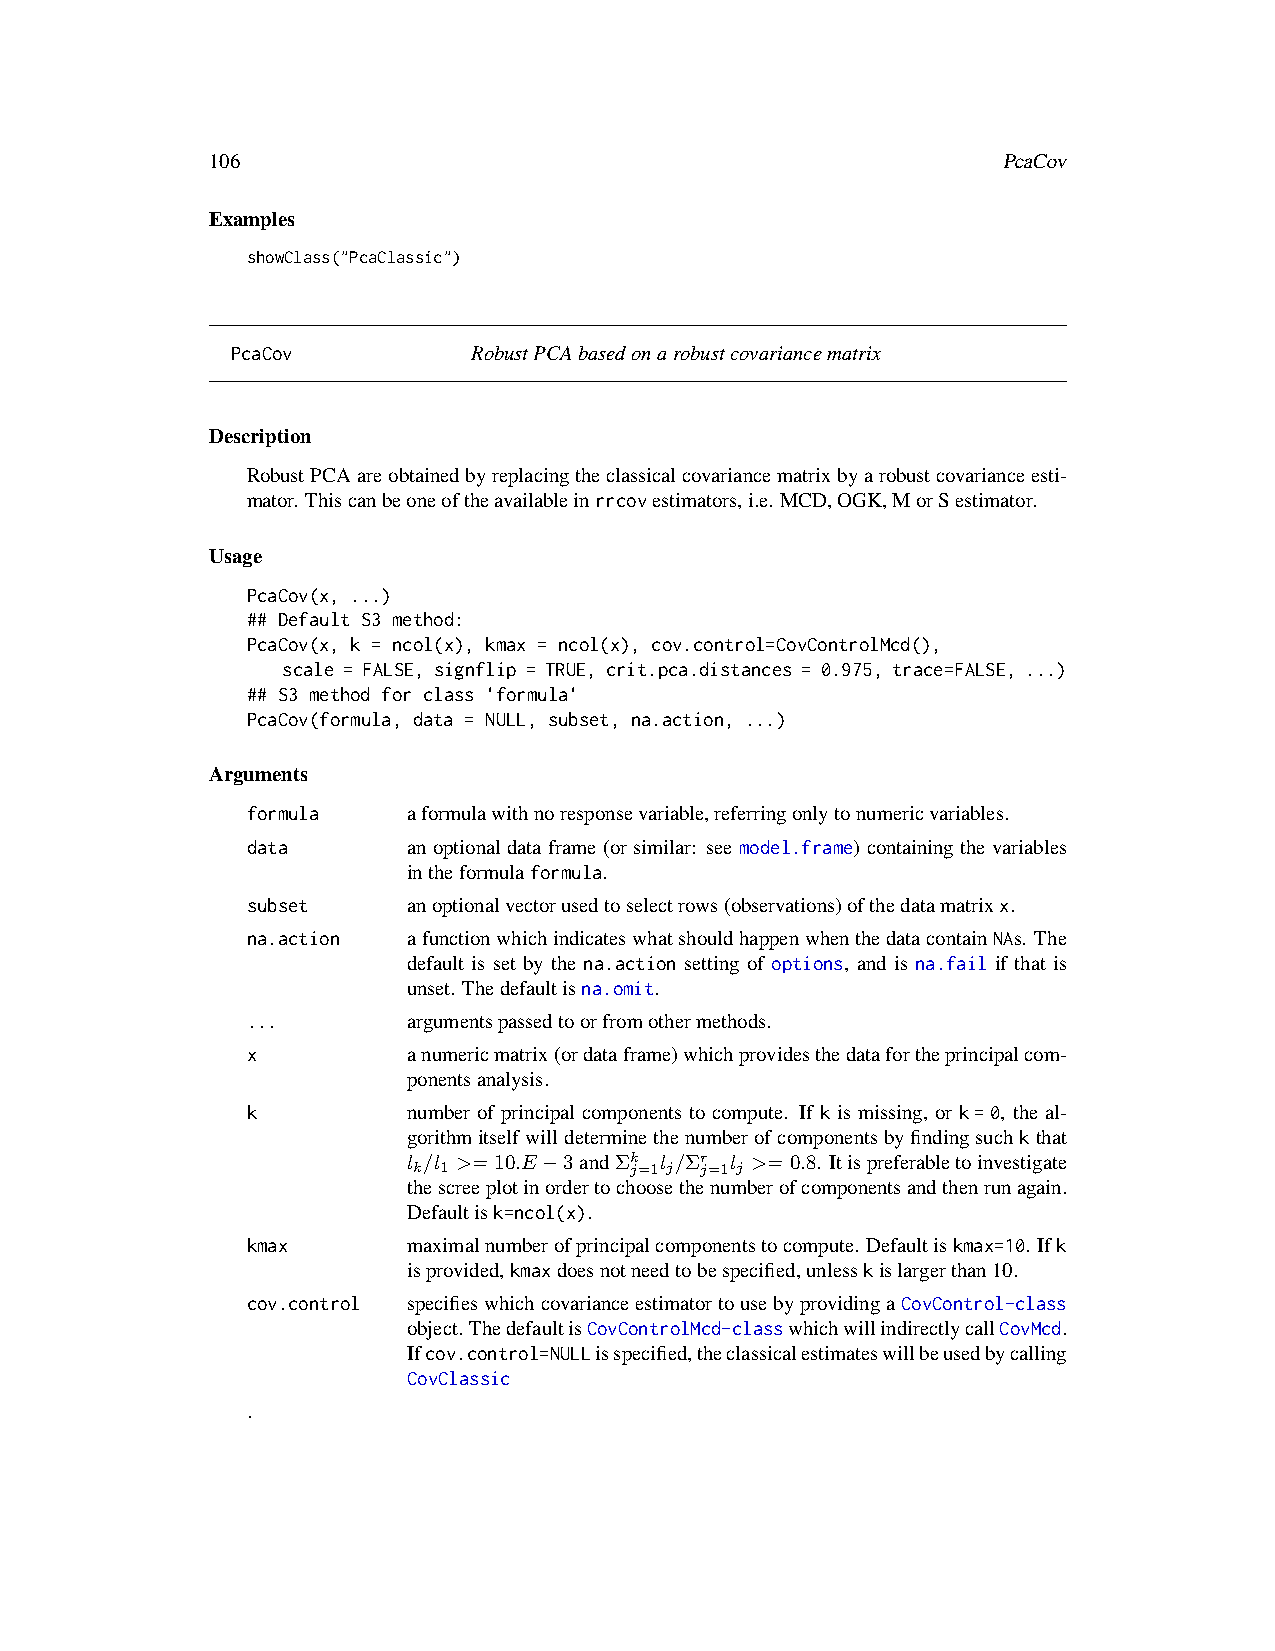
106                                                 PcaCov
 Examples
 showClass("PcaClassic")
 PcaCov          RobustPCAbasedonarobustcovariancematrix
 Description
 RobustPCAareobtainedbyreplacingtheclassicalcovariancematrixbyarobustcovarianceesti-
 mator. Thiscanbeoneoftheavailableinrrcovestimators,i.e. MCD,OGK,MorSestimator.
 Usage
 PcaCov(x, ...)
 ## Default S3 method:
 PcaCov(x, k = ncol(x), kmax = ncol(x), cov.control=CovControlMcd(),
 scale = FALSE, signflip = TRUE, crit.pca.distances = 0.975, trace=FALSE, ...)
 ## S3 method for class 'formula'
 PcaCov(formula, data = NULL, subset, na.action, ...)
 Arguments
 formula    aformulawithnoresponsevariable,referringonlytonumericvariables.
 data       an optional data frame (or similar: see model.frame) containing the variables
 intheformulaformula.
 subset     anoptionalvectorusedtoselectrows(observations)ofthedatamatrixx.
 na.action  afunctionwhichindicateswhatshouldhappenwhenthedatacontainNAs. The
 default is set by the na.action setting of options, and is na.fail if that is
 unset. Thedefaultisna.omit.
 ...        argumentspassedtoorfromothermethods.
 x          anumericmatrix(ordataframe)whichprovidesthedatafortheprincipalcom-
 ponentsanalysis.
 k          number of principal components to compute. If k is missing, or k=0, the al-
 gorithmitselfwilldeterminethenumberofcomponentsbyfindingsuchkthat
 l /l >= 10.E−3andΣk l /Σr l >= 0.8. Itispreferabletoinvestigate
 k 1            j=1 j j=1 j
 thescreeplotinordertochoosethenumberofcomponentsandthenrunagain.
 Defaultisk=ncol(x).
 kmax       maximalnumberofprincipalcomponentstocompute. Defaultiskmax=10. Ifk
 isprovided,kmaxdoesnotneedtobespecified,unlesskislargerthan10.
 cov.control specifieswhichcovarianceestimatortousebyprovidingaCovControl-class
 object.ThedefaultisCovControlMcd-classwhichwillindirectlycallCovMcd.
 Ifcov.control=NULLisspecified,theclassicalestimateswillbeusedbycalling
 CovClassic
 .